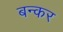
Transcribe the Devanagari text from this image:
बन्कर